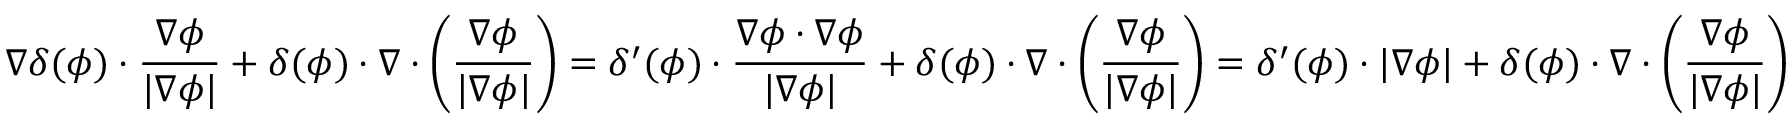
\nabla \delta ( \phi ) \cdot \frac { \nabla \phi } { | \nabla \phi | } + \delta ( \phi ) \cdot \nabla \cdot \left( \frac { \nabla \phi } { | \nabla \phi | } \right) = \delta ^ { \prime } ( \phi ) \cdot \frac { \nabla \phi \cdot \nabla \phi } { | \nabla \phi | } + \delta ( \phi ) \cdot \nabla \cdot \left( \frac { \nabla \phi } { | \nabla \phi | } \right) = \delta ^ { \prime } ( \phi ) \cdot | \nabla \phi | + \delta ( \phi ) \cdot \nabla \cdot \left( \frac { \nabla \phi } { | \nabla \phi | } \right)